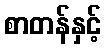
စာတန်နှင့်